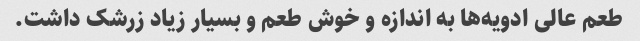
طعم عالی ادویه‌ها به اندازه و خوش طعم و بسیار زیاد زرشک داشت.